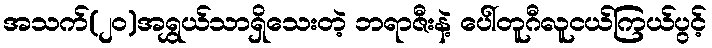
အသက်(၂၀)အရွှယ်သာရှိသေးတဲ့ ဘရာဇီးနဲ့ ပေါ်တူဂီလူငယ်ကြယ်ပွင့်